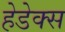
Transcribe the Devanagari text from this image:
हेडेक्स